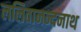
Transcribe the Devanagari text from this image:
ललितानन्दनाथ